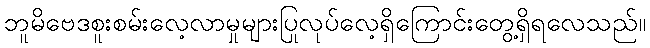
ဘူမိဗေဒစူးစမ်းလေ့လာမှုများပြုလုပ်လေ့ရှိကြောင်းတွေ့ရှိရလေသည်။